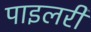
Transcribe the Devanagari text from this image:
पाइलरी